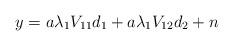
LaTeX: \begin{align*}y = a{\lambda_1}{V_{11}}{d_1} + a{\lambda_1}{V_{12}}{d_2} + n \end{align*}